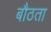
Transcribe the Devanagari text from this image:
बौठता